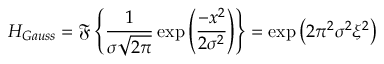
H _ { G a u s s } = \mathfrak { F } \left\{ \frac { 1 } { \sigma \sqrt { 2 \pi } } \exp \left( \frac { - x ^ { 2 } } { 2 \sigma ^ { 2 } } \right) \right\} = \exp \left( { 2 \pi ^ { 2 } \sigma ^ { 2 } \xi ^ { 2 } } \right)